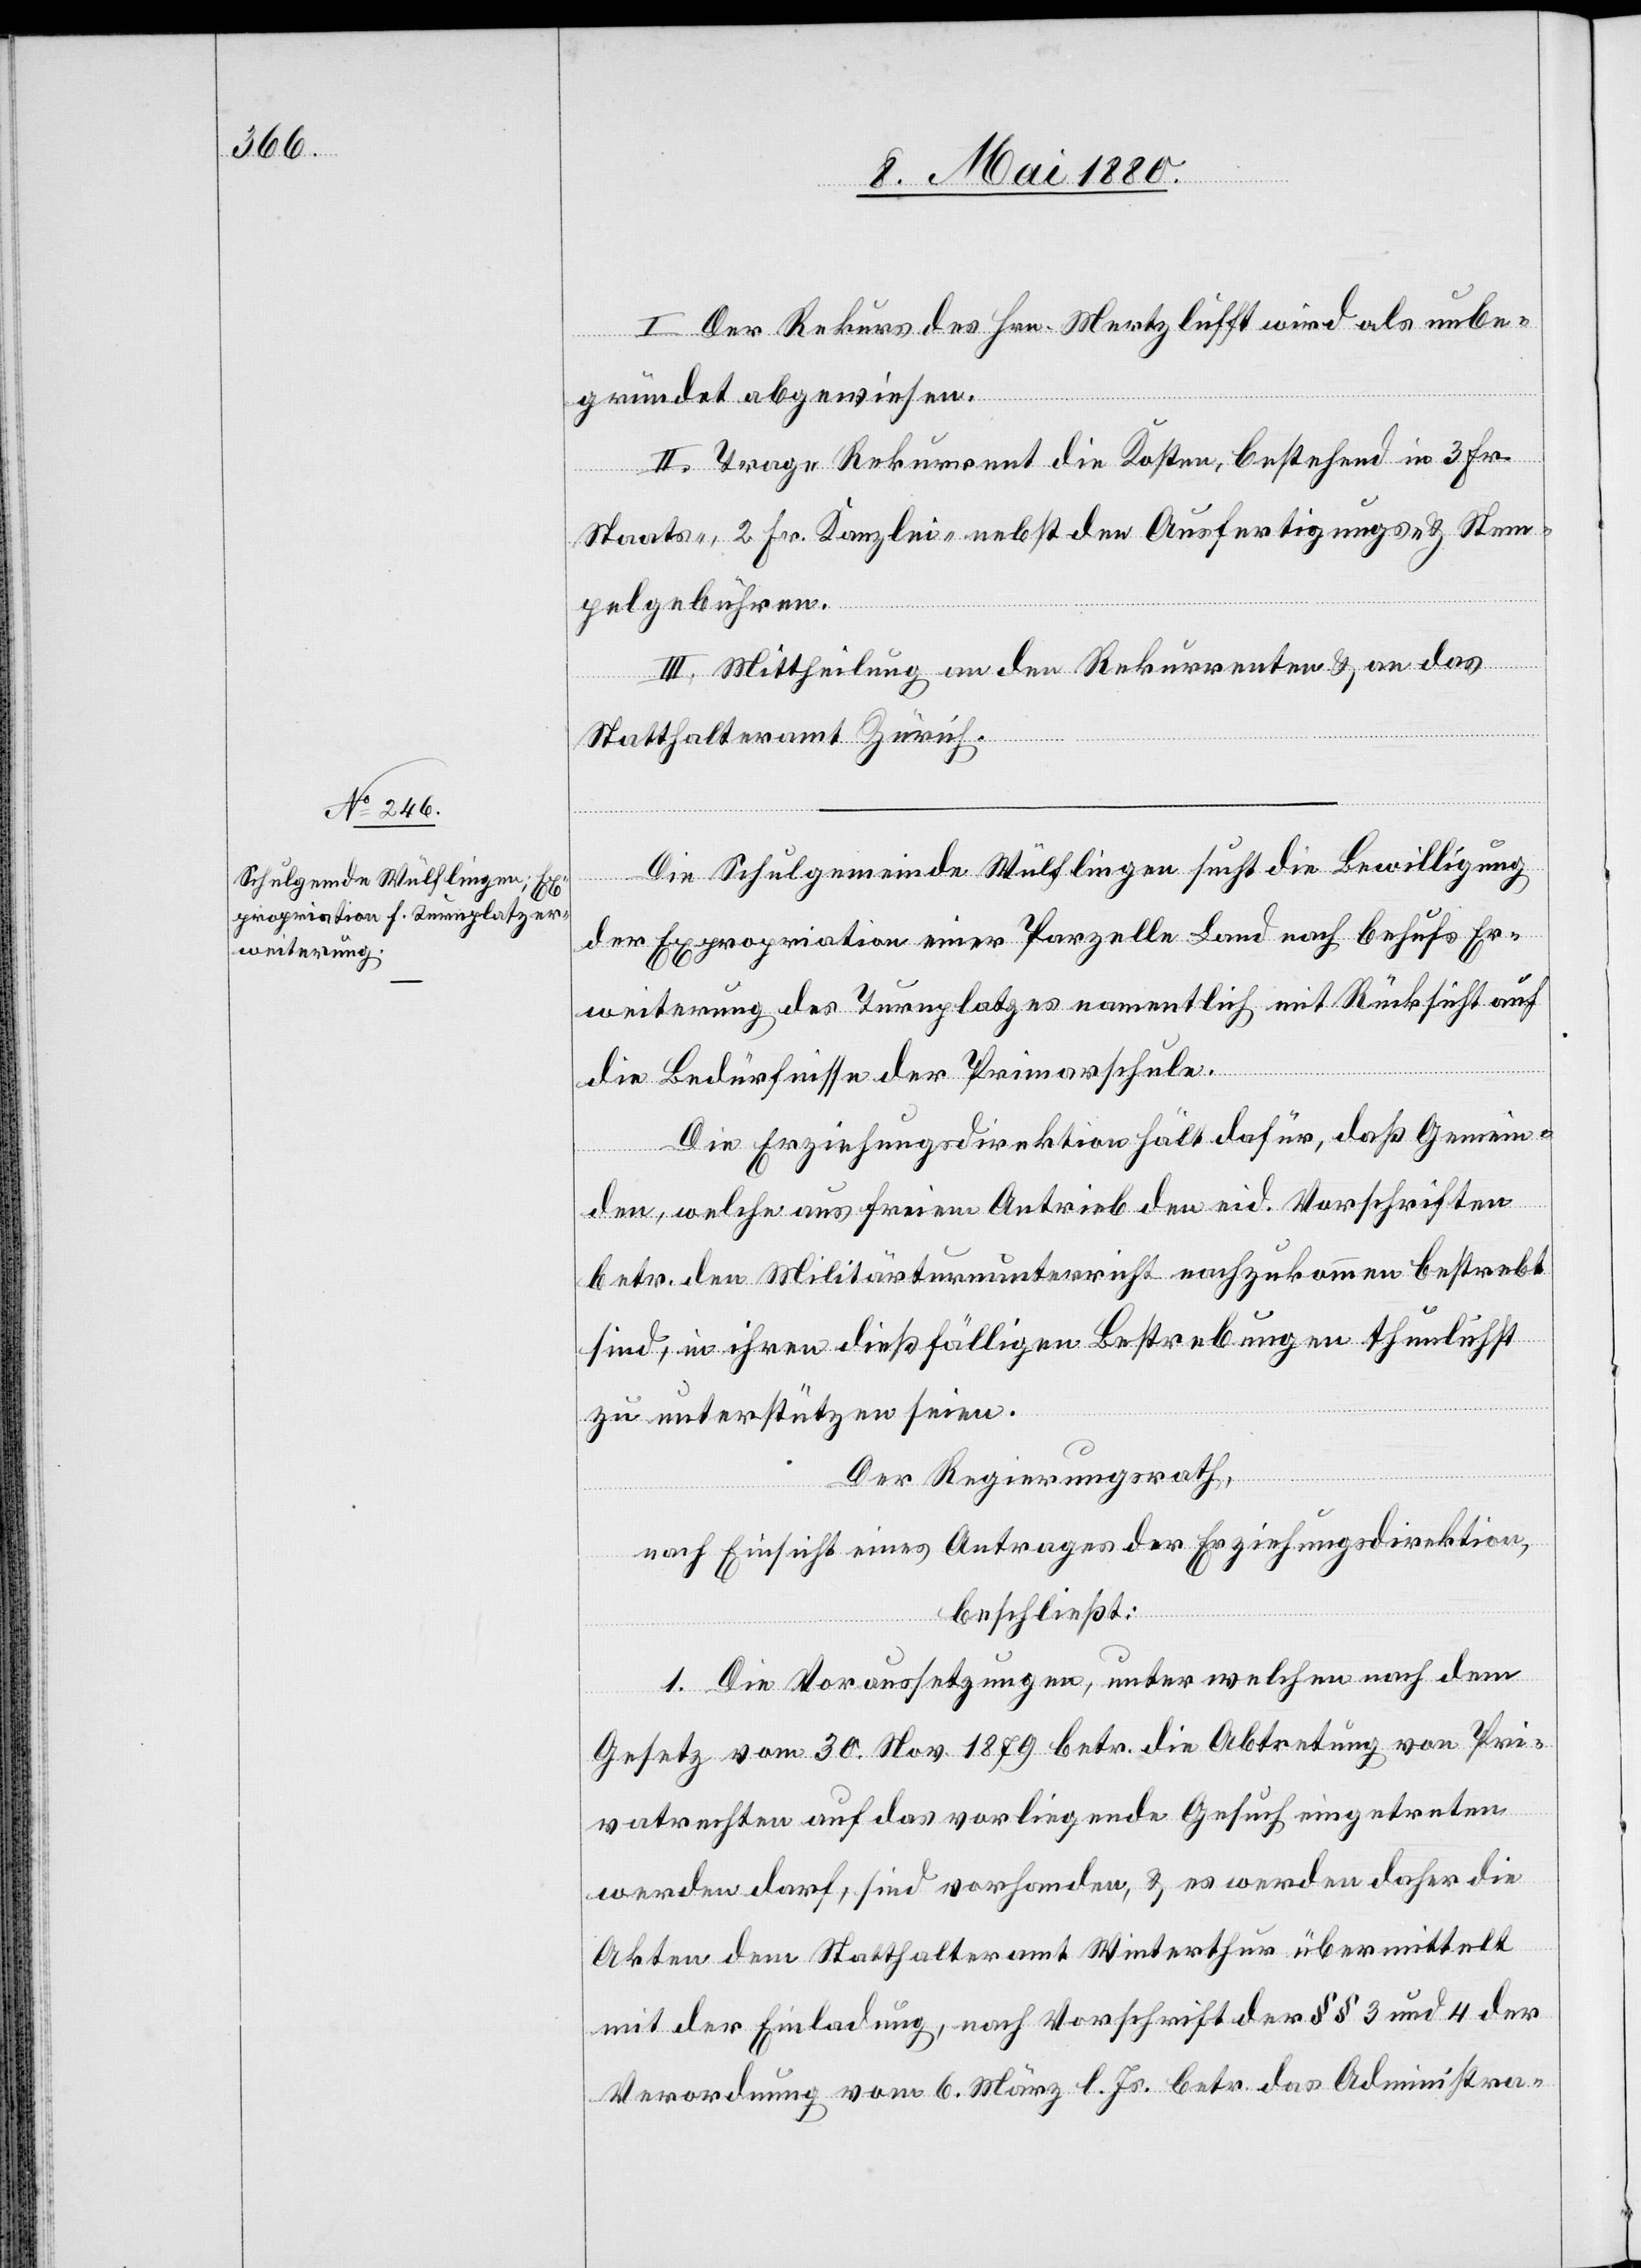
I. Der Rekurs des Hrn. Mertzlufft wird als unbe¬
gründet abgewiesen.
II. Trage Rekurrent die Kosten, bestehend in 3 Fr.
Staats-, 2 Fr. Kanzlei- nebst den Ausfertigungs- & Stem¬
pelgebühren.
III. Mittheilung an den Rekurrenten & an das
Statthalteramt Zürich.
Die Schulgemeinde Wülflingen sucht die Bewilligung
der Expropriation einer Parzelle Land nach behufs Er¬
weiterung des Turnplatzes namentlich mit Rücksicht auf
die Bedürfnisse der Primarschule.
Die Erziehungsdirektion hält dafür, daß Gemein¬
den, welche aus freiem Antrieb den eid. Vorschriften
betr. den Militärunterricht nachzukommen bestrebt
sind, in ihren dießfälligen Bestrebungen thunlichst
zu unterstützen seien.
Der Regierungsrath,
nach Einsicht eines Antrages der Erziehungsdirektion,
beschließt:
1. Die Voraussetzungen, unter welchen nach dem
Gesetz vom 30. Nov. 1879 betr. die Abtretung von Pri¬
vatrechten auf das vorliegende Gesuch eingetreten
werden darf, sind vorhanden & es werden daher die
Akten dem Statthalteramt Winterthur übermittelt
mit der Einladung, nach Vorschrift der §§ 3 und 4 der
Verordnung vom 6. März l. Js. betr. das Administra-